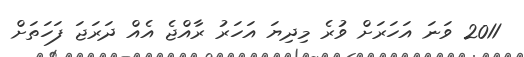
2011 ވަނަ އަހަރަށް ވުރެ މިދިޔަ އަހަރު ރާއްޖެ އެއް ދަރަޖަ ފަހަތަށް